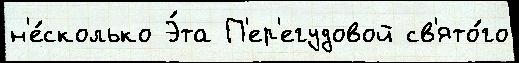
н'е́сколько Э́та П'ер'егудовой св'ято́го